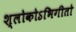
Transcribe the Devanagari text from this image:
श्लोकोऽभिगीतो